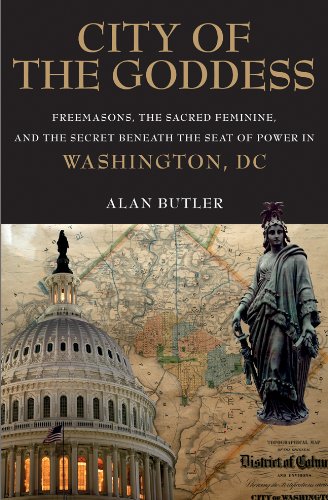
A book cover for City of the Goddess: Freemasons, the Sacred Feminine, and the Secret Beneath the Seat of Power in Washington, DC; Alan Butler; Self-Help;